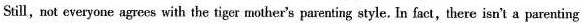
Still, not everyone agrees with the tiger mother's parenting style. In fact,there isn't a parenting